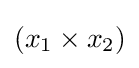
(x_{1}\times x_{2})